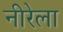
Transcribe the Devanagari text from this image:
नीरेला